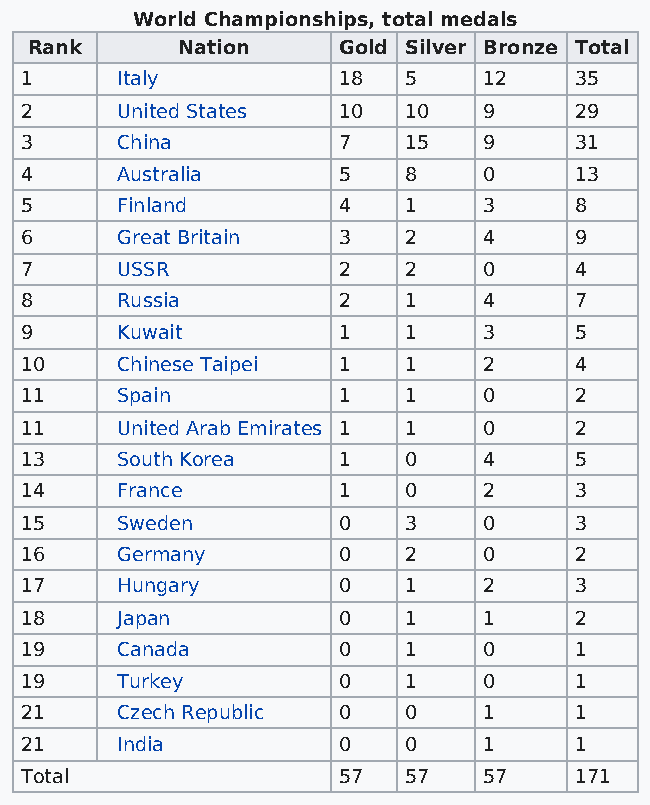
World Championships, total medals
 Rank      Nation    Gold Silver Bronze Total
 1      Italy         18   5    12    35
 2      United States 10   10   9     29
 3      China         7    15   9     31
 4      Australia     5    8    0     13
 5      Finland       4    1    3     8
 6      Great Britain 3    2    4     9
 7      USSR          2    2    0     4
 8      Russia        2    1    4     7
 9      Kuwait        1    1    3     5
 10     Chinese Taipei 1   1    2     4
 11     Spain         1    1    0     2
 11     United Arab Emirates 1 1 0    2
 13     South Korea   1    0    4     5
 14     France        1    0    2     3
 15     Sweden        0    3    0     3
 16     Germany       0    2    0     2
 17     Hungary       0    1    2     3
 18     Japan         0    1    1     2
 19     Canada        0    1    0     1
 19     Turkey        0    1    0     1
 21     Czech Republic 0   0    1     1
 21     India         0    0    1     1
 Total                57   57   57    171